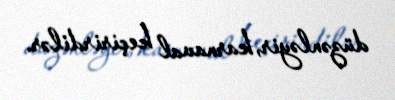
düzənləyir, karnaval keçirirdilər.